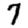
Digit: 7